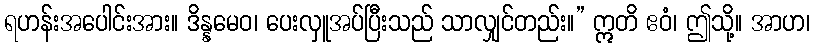
ရဟန်းအပေါင်းအား။ ဒိန္နမေဝ၊ ပေးလှူအပ်ပြီးသည် သာလျှင်တည်း။” ဣတိ ဧဝံ၊ ဤသို့။ အာဟ၊